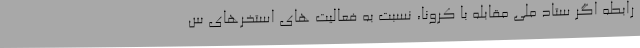
رابطه اگر ستاد ملی مقابله با کرونا، نسبت به فعالیت های استخرهای س